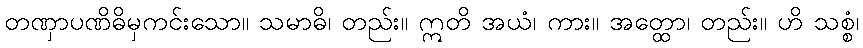
တဏှာပဏိဓိမှကင်းသော။ သမာဓိ၊ တည်း။ ဣတိ အယံ၊ ကား။ အတ္ထော၊ တည်း။ ဟိ သစ္စံ၊